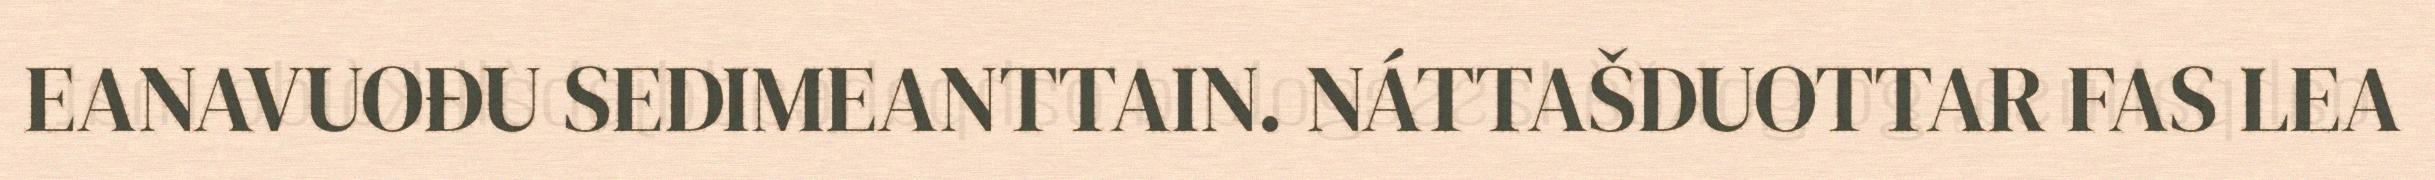
EANAVUOĐU SEDIMEANTTAIN. NÁTTAŠDUOTTAR FAS LEA